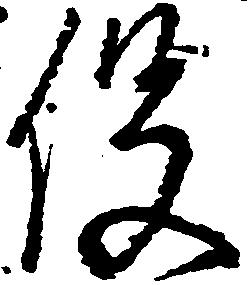
役